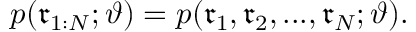
p ( \mathfrak { r } _ { 1 : N } ; \vartheta ) = p ( \mathfrak { r } _ { 1 } , \mathfrak { r } _ { 2 } , . . . , \mathfrak { r } _ { N } ; \vartheta ) .